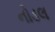
નોડલ